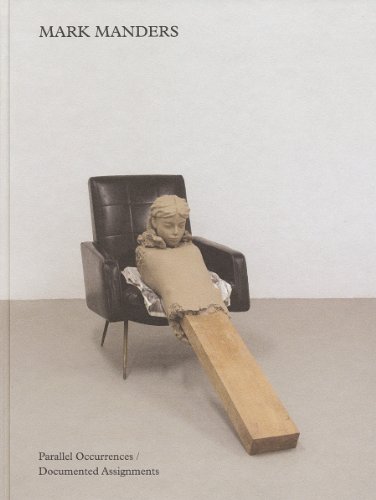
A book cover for Mark Manders: Parallel Occurrences, Documented Assignments (Walker Art Centre, Minneapolis: Exhibition Catalogues); Peter Eleey; Arts & Photography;